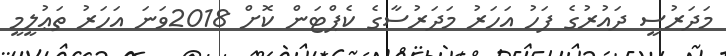
މަދަރުސީ ދައުރުގެ ފަހު އަހަރު މަދަރުސާގެ ކެޕްޓަން ކޮށް 2018ވަނަ އަހަރު ތަޢުލީމީ